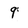
Character: 9